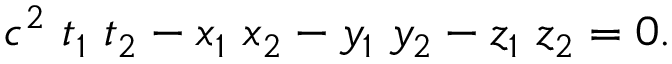
c ^ { 2 } \ t _ { 1 } \ t _ { 2 } - x _ { 1 } \ x _ { 2 } - y _ { 1 } \ y _ { 2 } - z _ { 1 } \ z _ { 2 } = 0 .